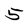
Character: 5